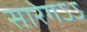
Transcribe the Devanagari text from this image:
सारेगऽऽ